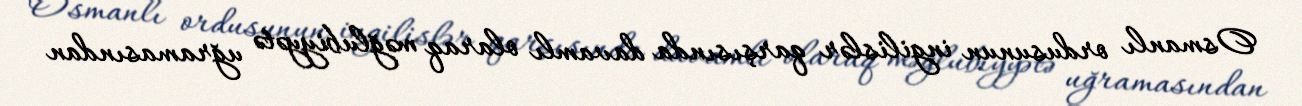
Osmanlı ordusunun ingilislər qarşısında davamlı olaraq məğlubiyyətə uğramasından